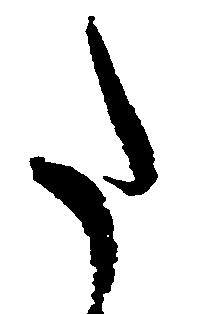
た